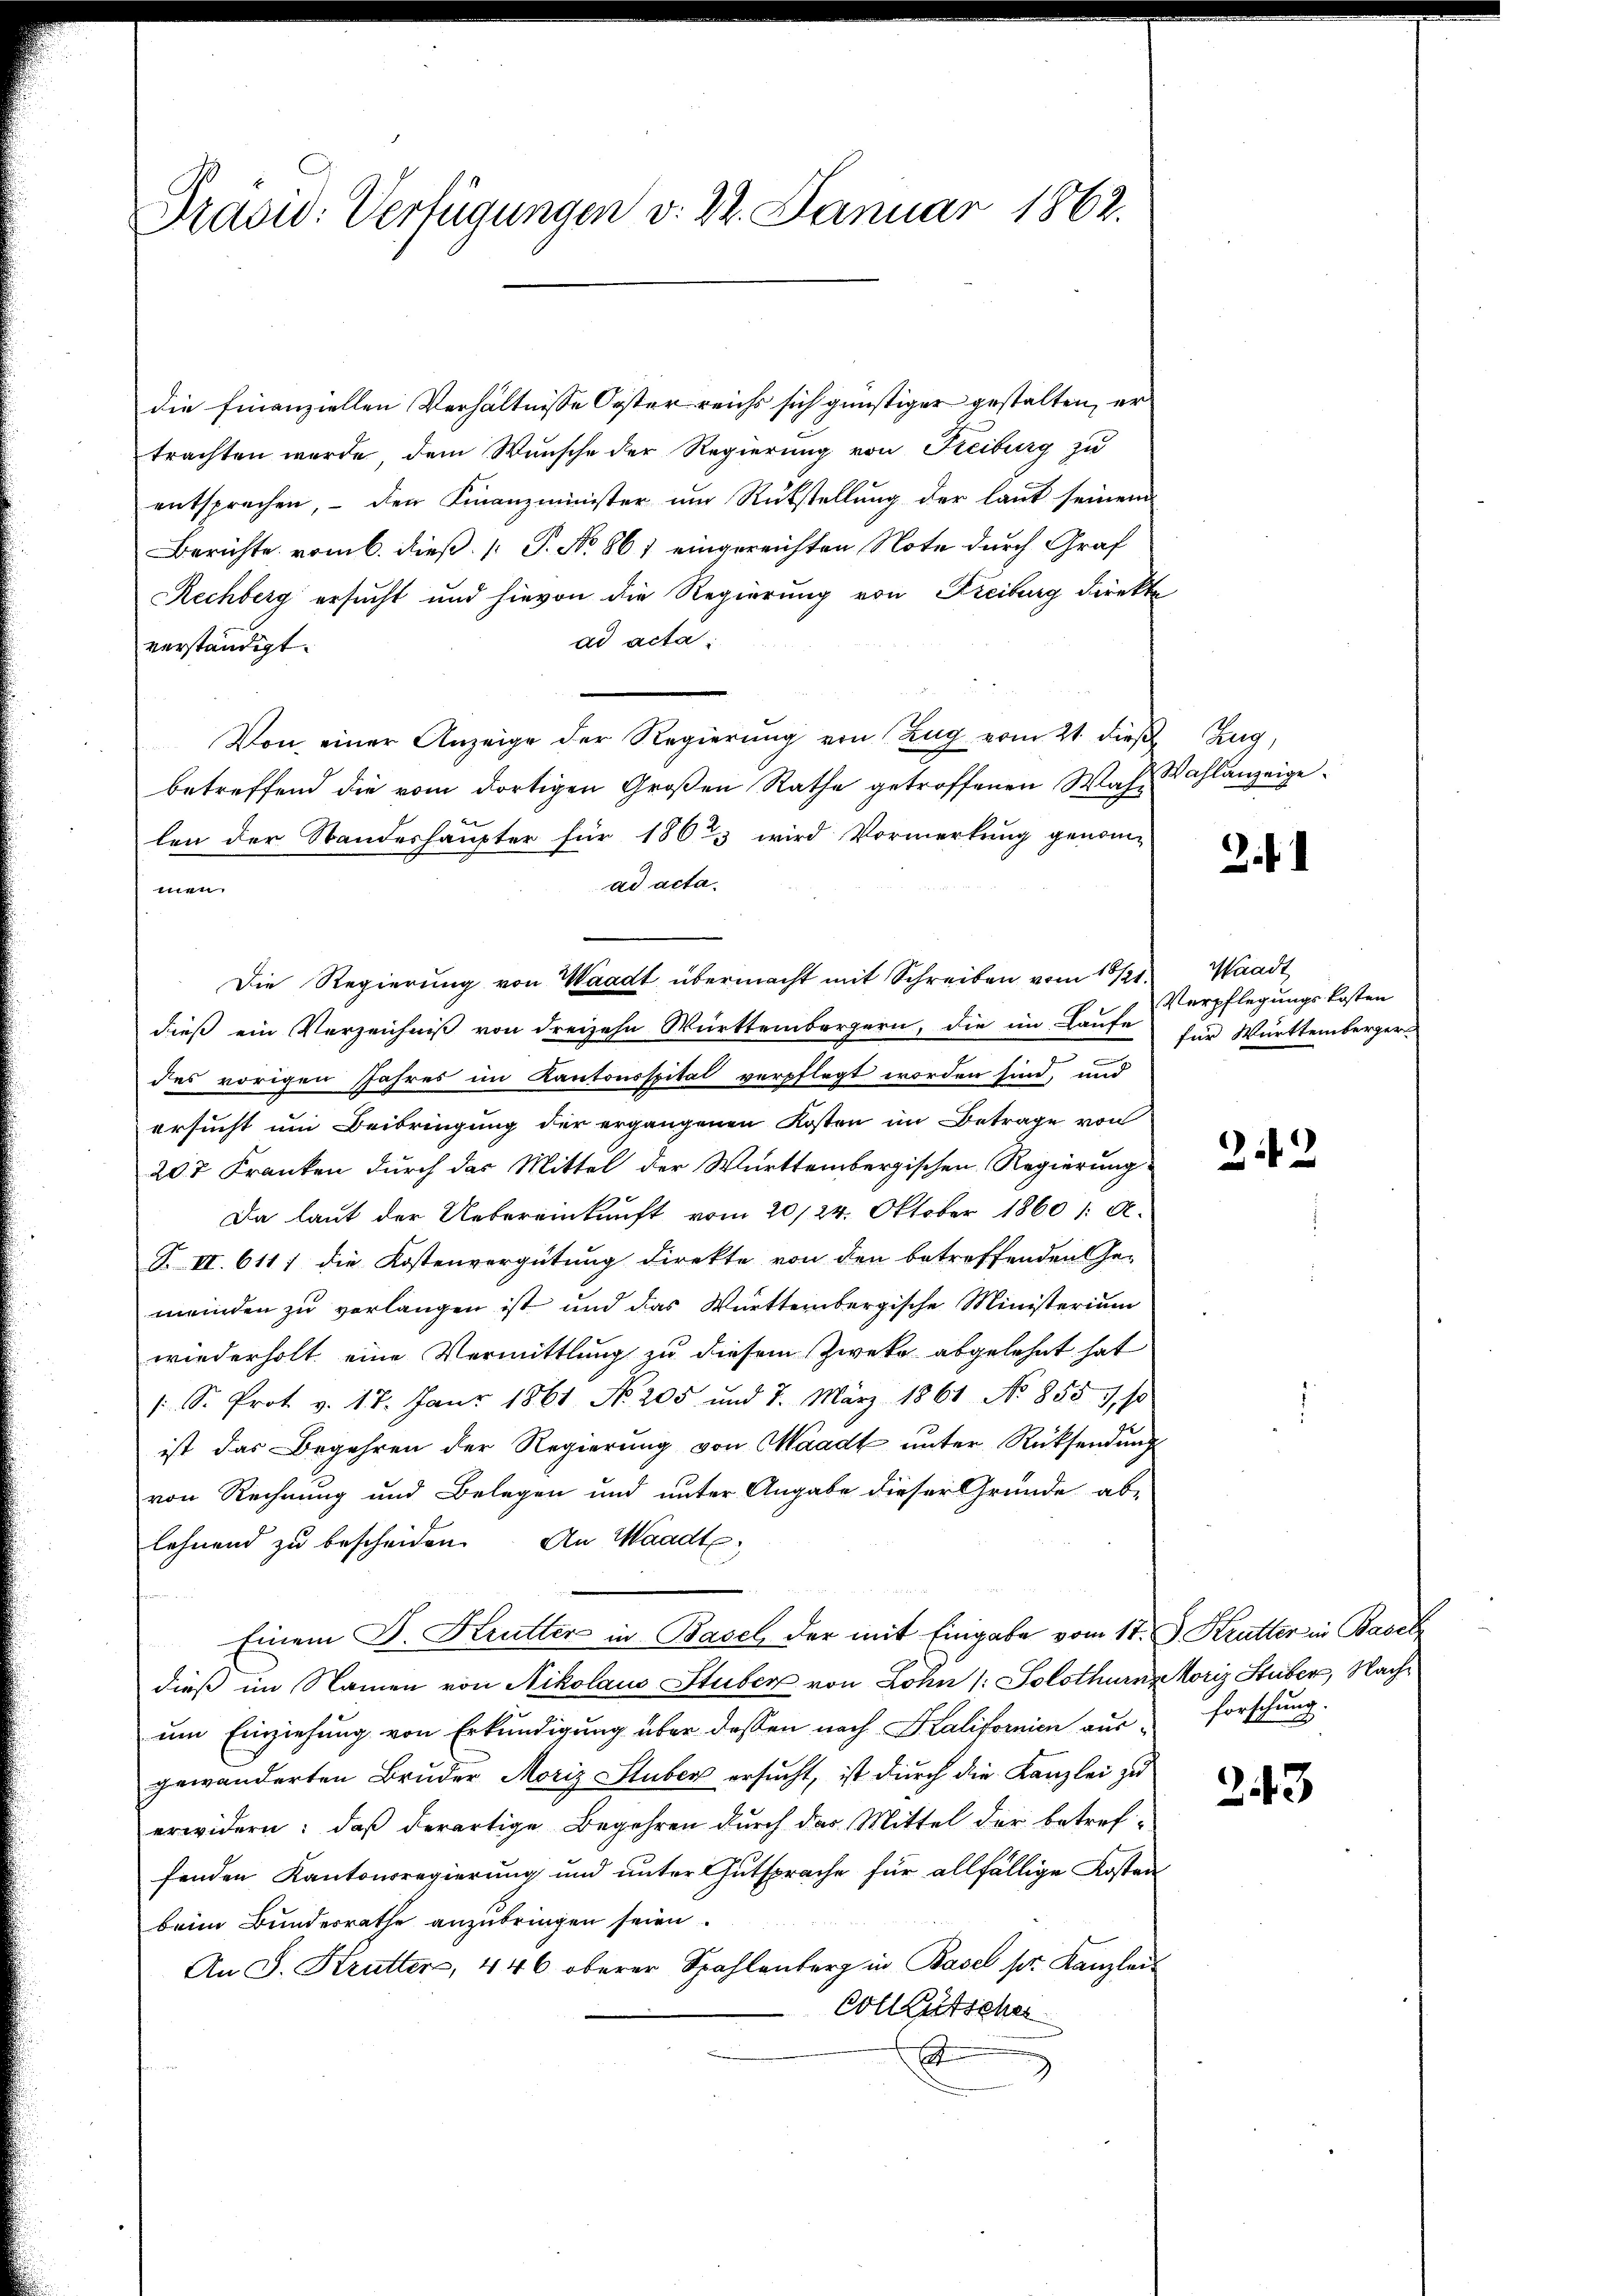
Präsid: Verfügungen v. 22. Januar 1862.

die Finanziellen Verhältnisse Oester reichs sich günstiger gestalten, er
trachten werde, dem Wunsche der Regierung von Freiburg zu
entsprechen, – den Finanzminister um Rükstellung der laut seinem
Berichte vom 6. dieß [ P. No 861 eingereichten Note durch Graf
Rechberg ersucht und hievon die Regierung von Freiburg direkte
ad acta.
verständigt.
Von einer Anzeige der Regierung von Zug vom 21. dieß Zug,
betreffend die vom dortigen Großen Rathe getroffenen Wahlen der Standeshaupter für 1863 wird Vormerkung genomad acta.
men.
dieß ein Verzeichniß von dreizehn Württembergern, die im Laufe für Württemberger
des vorigen Jahres im Kantonsspital verpflegt worden sind, und
ersucht um Beibringung der ergangenen Kosten im Betrage von
207 Franken durch das Mittel der Württembergischen Regierung
Da laut der Uebereinkunft vom 20/24. Oktober 1860 /: A.
K. II. 611) die Kostenvergütung direkte von den betroffenden Ge-
meinden zu verlangen ist und das Württembergische Ministerium
wiederholt eine Vermittlung zu diesem Zweke abgelehnt hat
1 S. Prot. v. 17. Janr 1861 No 205 und 7. März 1861 No 855), so
ist das Begehren der Regierung von Waadt unter Rücksendung
von Rechnung und Belegen und unter Angabe dieser Gründe ab-
lehnend zu bescheiden. An Waadt,
e
Einem F. Krutter in Basel der mit Eingabe vom 11. J. Krutter in Basel
dieß im Namen von Nikolaus Stuber, von Lohn (: Solothurn Moriz Huber, Nachum Einziehung von Erkundigung über dessen nach Kalifornien aus forschung.
gewänderten Bruder Moriz Stuber ersucht, ist durch die Kanzlei zu
erwidern: daß derartige Begehren durch der Mittel der betref-
fenden Kantonsregierung und unter Gutsprache für allfällige Kosten
beim Bundesrathe anzubringen seien.
An J. Krutters, 446 oberer Spahlenberg in Basel pr. Kanzlei-
Cotllütscher
.
d

Die Regierung von Waadt übermacht mit Schreiben vom 18/21. Waadt

Wahlanzeige.

f

Verpflegungskosten

22

243